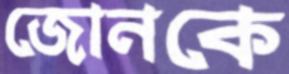
জোনকে